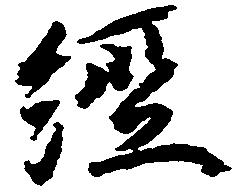
経